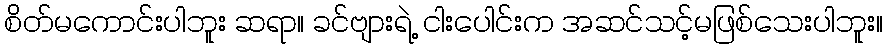
စိတ်မကောင်းပါဘူး ဆရာ။ ခင်ဗျားရဲ့ ငါးပေါင်းက အဆင်သင့်မဖြစ်သေးပါဘူး။